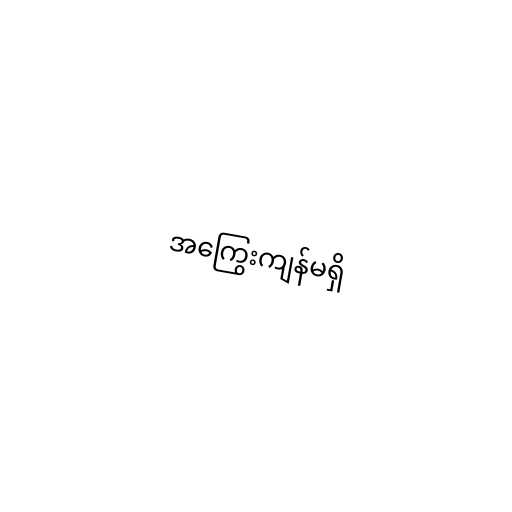
အကြွေးကျန်မရှိ